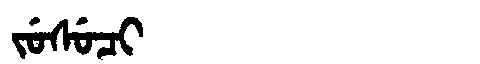
Manchu: ᠵᡠᠰᡠᠴᡳ
Romanization: JUSUCI